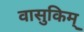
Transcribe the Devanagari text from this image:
वासुकिम्